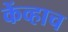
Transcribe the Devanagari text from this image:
केंव्हाच